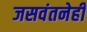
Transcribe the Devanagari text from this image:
जसवंतनेही